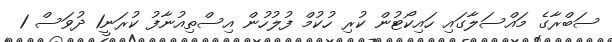
ސަބްރާގެ މައްސަލާގައި ހައިކޯޓުން ކުރި ހުކުމް ފުލުހުން އިސްތިއުނާފު ކުރަނީ1 ދުވަސް 1